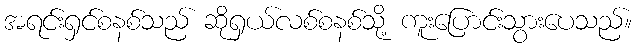
အရင်းရှင်စနစ်သည် ဆိုရှယ်လစ်စနစ်သို့ ကူးပြောင်းသွားပေသည်။